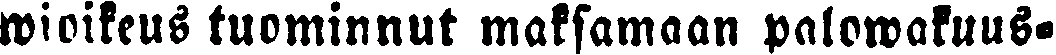
wioikeus tuominnut maksamaan palowakuus-